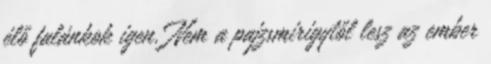
élő falánkok igen. Nem a pajzsmirigytől lesz az ember